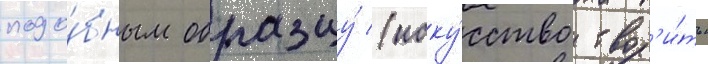
подо́бным образцу́ (иску́сство твор'и́ть